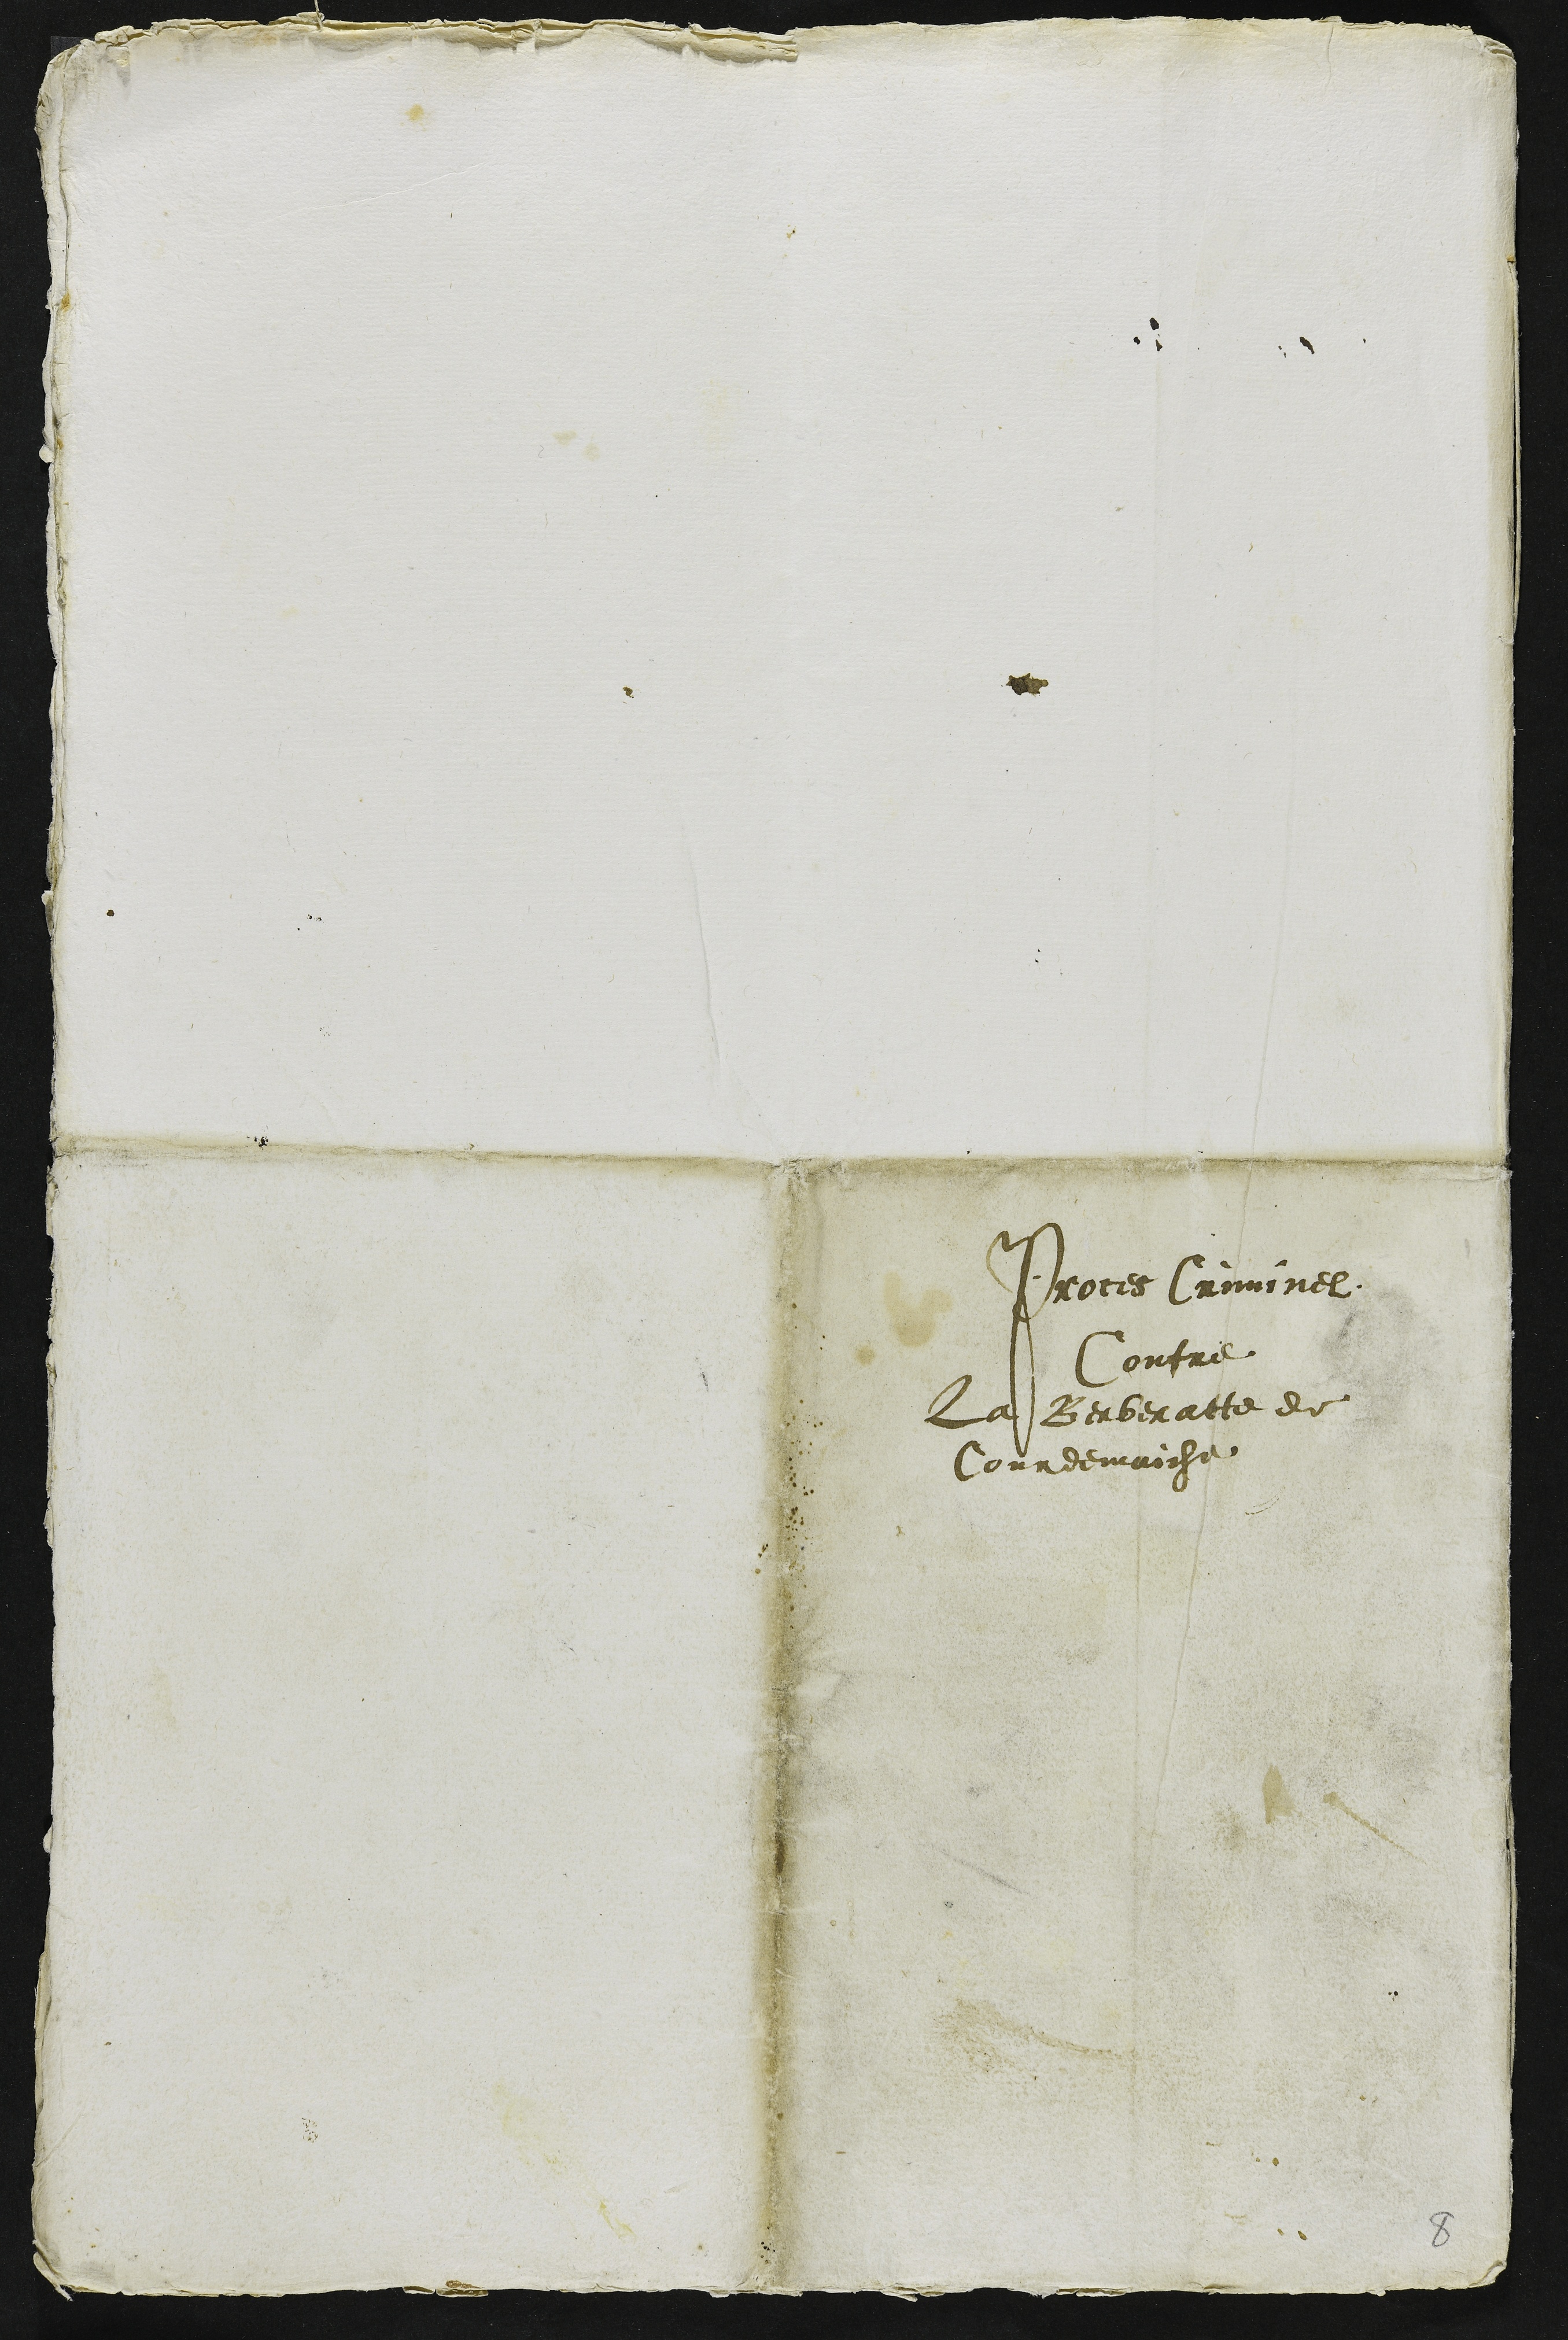
Proces Criminel
Contre
la Berberatte de
Courdemaiche